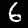
Label: 6